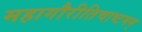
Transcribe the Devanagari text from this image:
महागौरीतिचाष्टमम्